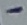
Text: -